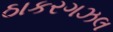
ઠાકરગઝલ